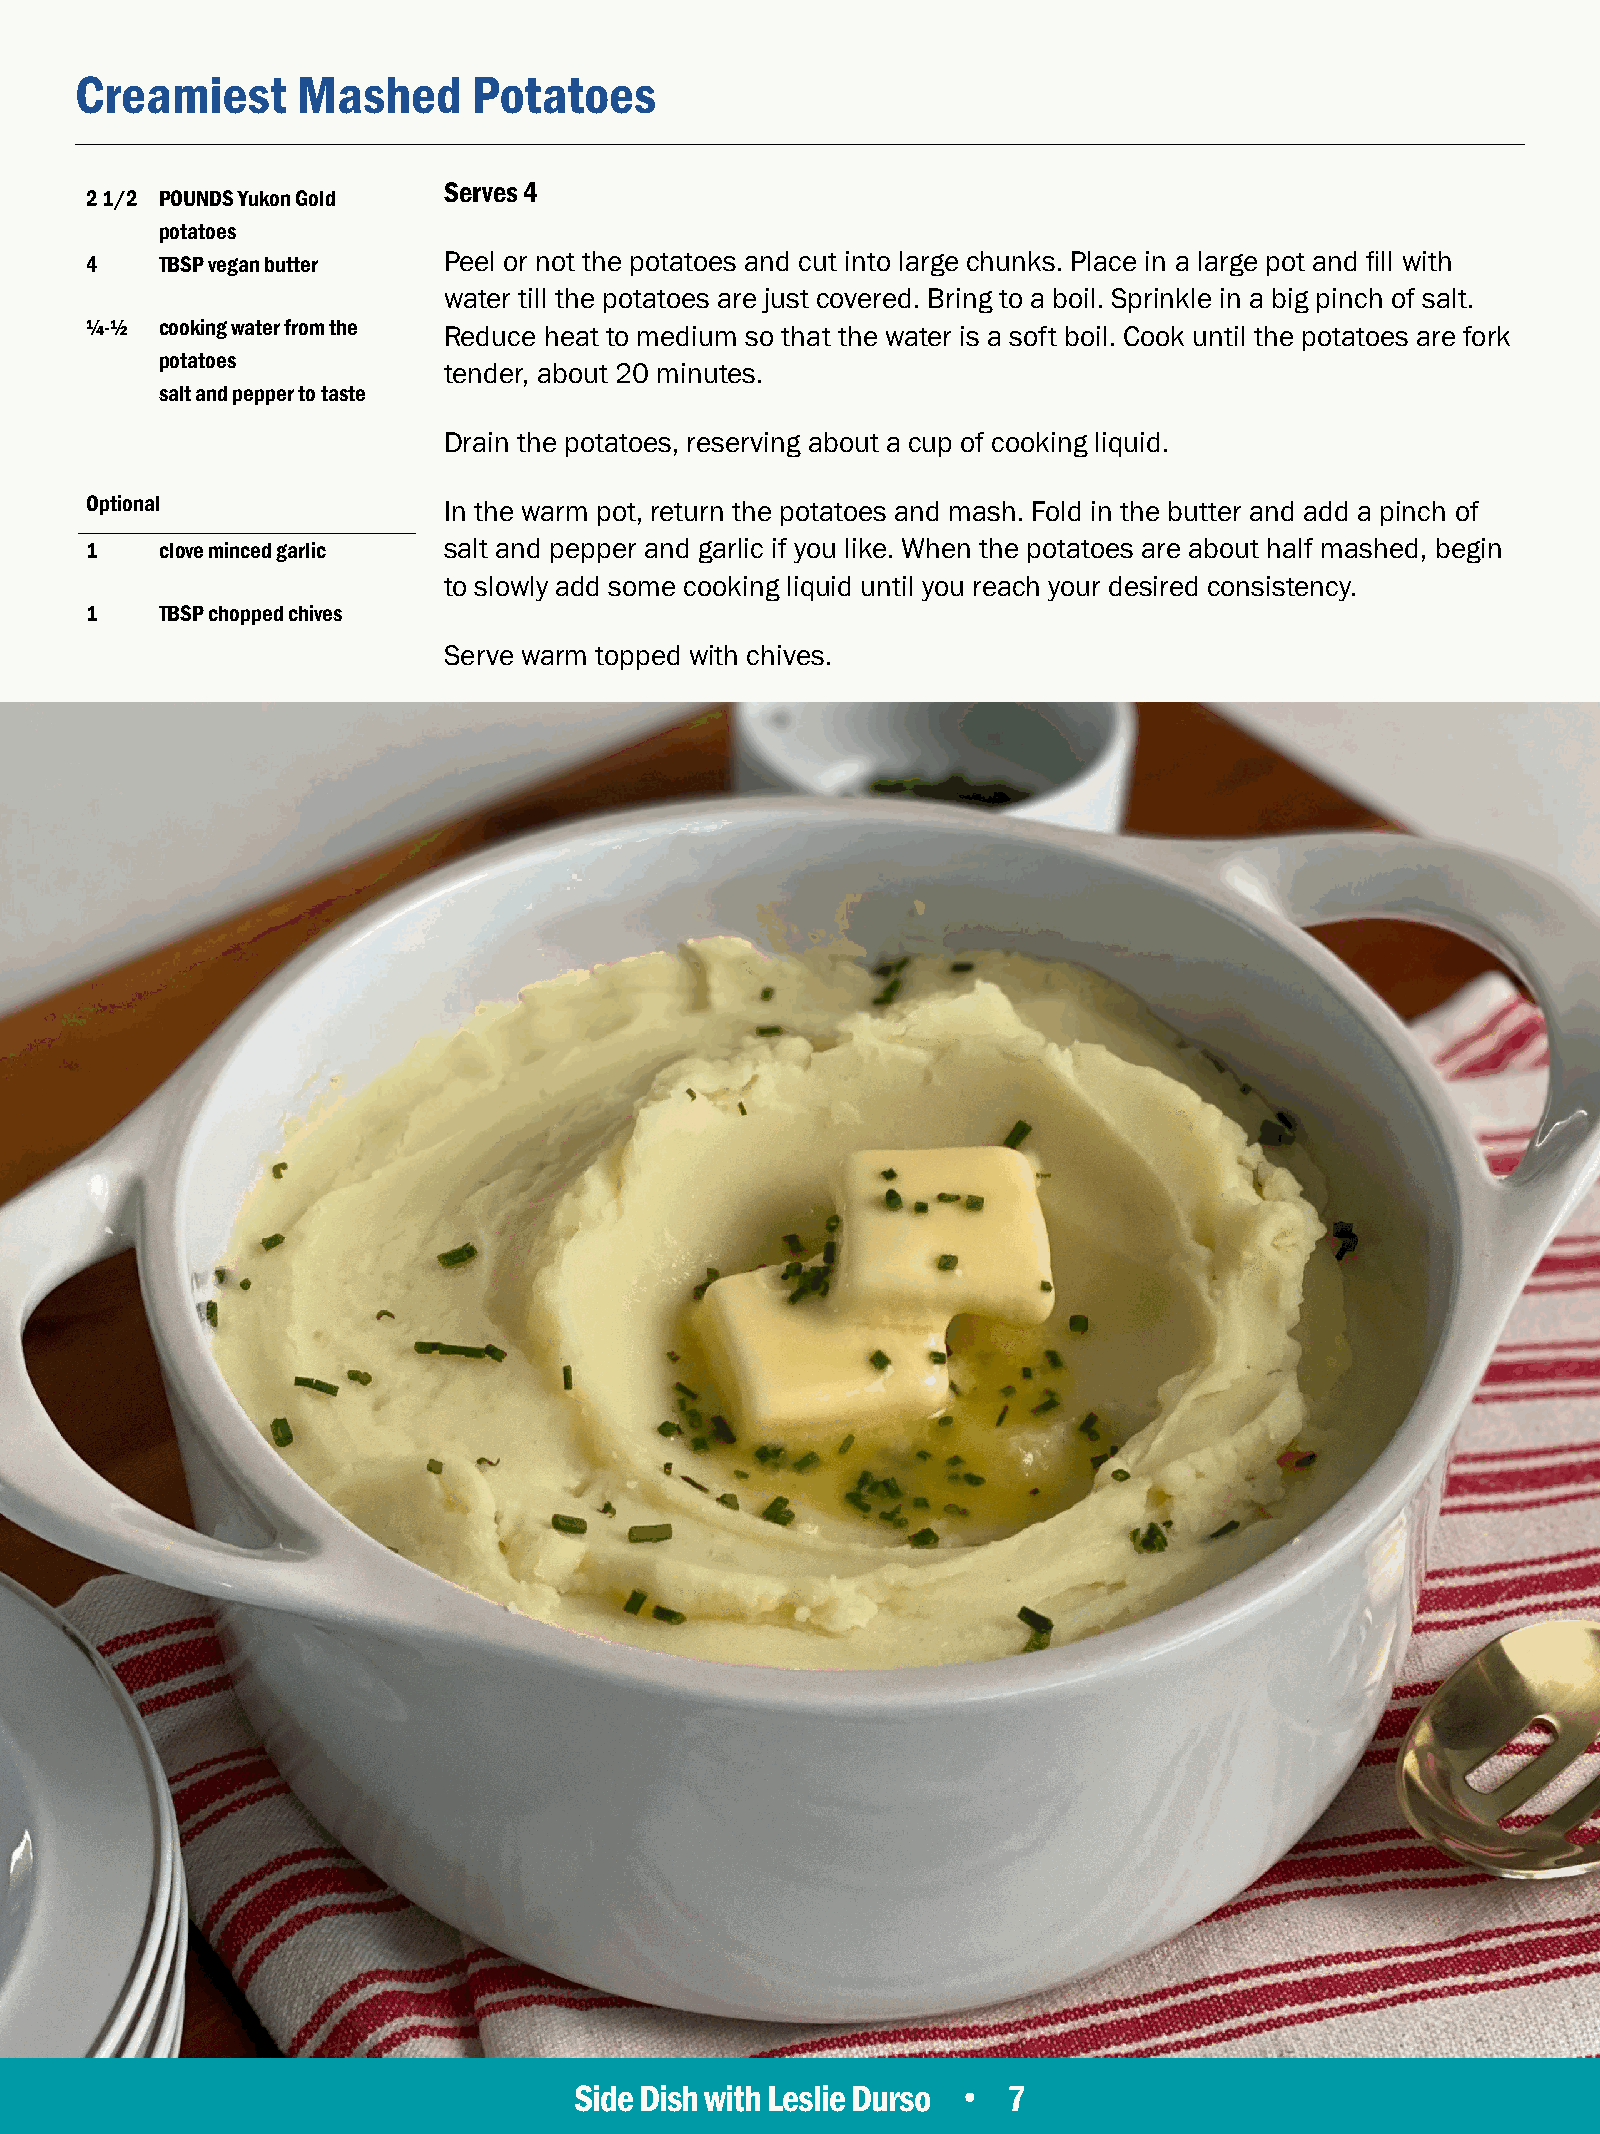
Creamiest      Mashed     Potatoes
 Serves 4
 2 1/2 POUNDS Yukon Gold
 potatoes
 4    TBSP vegan butter Peel or not the potatoes and cut into large chunks. Place in a large pot and fill with
 water till the potatoes are just covered. Bring to a boil. Sprinkle in a big pinch of salt.
 ¼-½  cooking water from the
 Reduce heat to medium so that the water is a soft boil. Cook until the potatoes are fork
 potatoes
 tender, about 20 minutes.
 salt and pepper to taste
 Drain the potatoes, reserving about a cup of cooking liquid.
 Optional
 In the warm pot, return the potatoes and mash. Fold in the butter and add a pinch of
 1    clove minced garlic salt and pepper and garlic if you like. When the potatoes are about half mashed, begin
 to slowly add some cooking liquid until you reach your desired consistency.
 1    TBSP chopped chives
 Serve warm topped with chives.
 Side Dish with Leslie Durso • 7